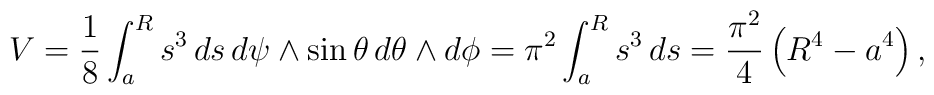
V=\frac{1}{8} \int_{a}^{R} s^3\,ds\, d\psi \wedge \sin\theta\, d\theta\wedge d\phi= \pi^2\int_{a}^{R} s^3\,ds=\frac{\pi^2}{4}\left(R^4-a^4\right),